Civil Veterinary Department ledger series I-VI
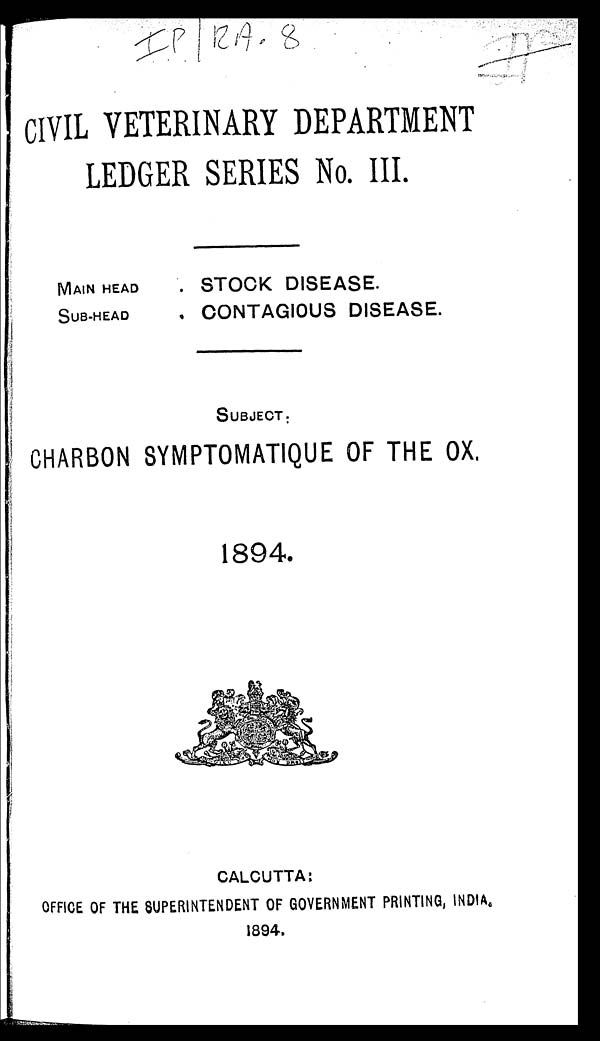
CIVIL VETERINARY DEPARTMENT
LEDGER SERIES No. III.
MAIN HEAD
SUB-HEAD
. STOCK DISEASE.
. CONTAGIOUS DISEASE.
SUBJECT:
CHARBON SYMPTOMATIQUE OF THE OX.
1894.
CALCUTTA:
OFFICE OF THE SUPERINTENDENT OF GOVERNMENT PRINTING, INDIA,
1894.